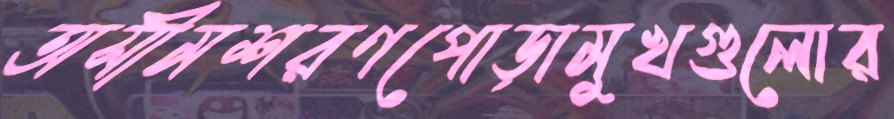
অসীমশরণপোড়ামুখগুলোর